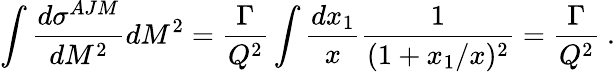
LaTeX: \int{\frac{d\sigma^{AJM}}{dM^{2}}}dM^{2}={\frac{\Gamma}{Q^{2}}}\int{\frac{dx_{1}}{x}}{\frac{1}{(1+x_{1}/x)^{2}}}={\frac{\Gamma}{Q^{2}}}\ .